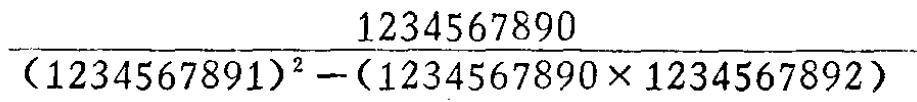
\(\frac{1234567890}{(1234567891)^{2}-(1234567890\times1234567892)}\)